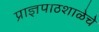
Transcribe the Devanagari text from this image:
प्राज्ञपाठशाळेचे